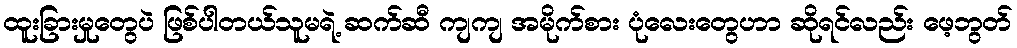
ထူးခြားမှုတွေပဲ ဖြစ်ပါတယ်သူမရဲ့ ဆက်ဆီ ကျကျ အမိုက်စား ပုံလေးတွေဟာ ဆိုရင်လည်း ဖေ့ဘွတ်